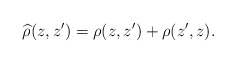
\begin{align*} \widehat \rho (z, z') = \rho (z, z')+\rho(z', z).\end{align*}